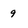
Character: g